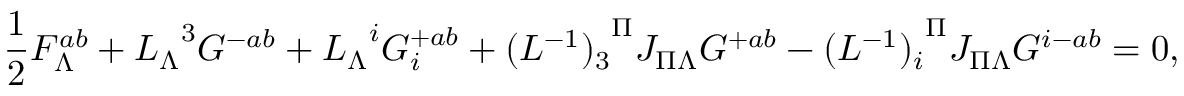
{ \frac { 1 } { 2 } } F _ { \Lambda } ^ { a b } + { L _ { \Lambda } } ^ { 3 } G ^ { - a b } + { L _ { \Lambda } } ^ { i } G _ { i } ^ { + a b } + { ( L ^ { - 1 } ) _ { 3 } } ^ { \Pi } J _ { \Pi \Lambda } G ^ { + a b } - { ( L ^ { - 1 } ) _ { i } } ^ { \Pi } J _ { \Pi \Lambda } G ^ { i - a b } = 0 ,